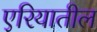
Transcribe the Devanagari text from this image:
एरियातील